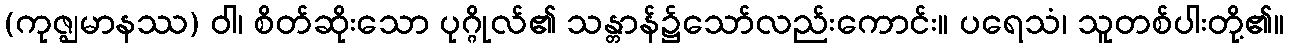
(ကုဇ္ဈမာနဿ) ဝါ၊ စိတ်ဆိုးသော ပုဂ္ဂိုလ်၏ သန္တာန်၌သော်လည်းကောင်း။ ပရေသံ၊ သူတစ်ပါးတို့၏။